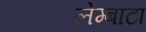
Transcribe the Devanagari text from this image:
लेम्बाटा